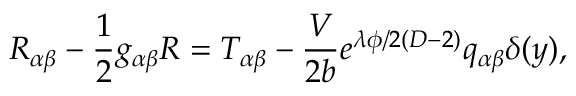
R _ { \alpha \beta } - \frac { 1 } { 2 } g _ { \alpha \beta } R = T _ { \alpha \beta } - \frac { V } { 2 b } e ^ { \lambda \phi / 2 ( D - 2 ) } q _ { \alpha \beta } \delta ( y ) ,